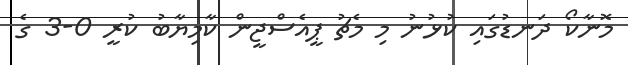
މޮނާކޯ ދަނޑުގައި ކުޅުނު މި މެޗު ޕީއެސްޖީން ކާމިޔާބު ކުރީ 0-3 ގެ